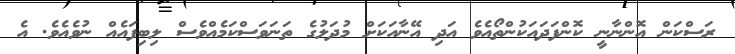
ރަސްކަން އޮންނާނީ ކޮންފަދައަކުންތޯއެވެ އަދި އޭނާއަކަށް މުދަލުގެ ތަނަވަސްކަމެއްވެސް ލިބިފައެއް ނުވެއެވެ. އެ